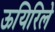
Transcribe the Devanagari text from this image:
ऊयिरिले